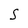
Character: S